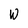
Character: W